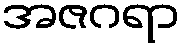
အဇဂရာ